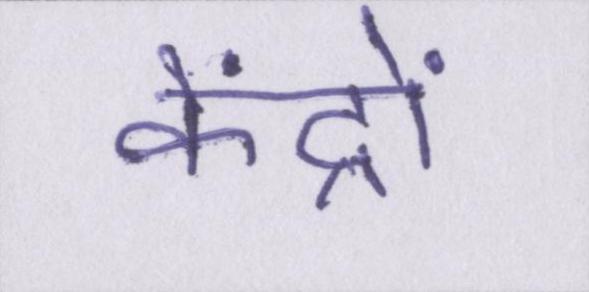
केंद्रों